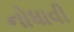
નોધાવી